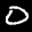
Label: 0